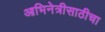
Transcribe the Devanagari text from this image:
आभिनेत्रीसाठीचा